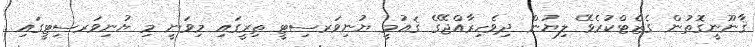
ޤާނޫނީގޮތުން ގެޒެޓްކުރެވޭ ލިޔުން ދިވެހިރާއްޖޭގެ ޤައުމީ ޔުނިވަރސިޓީ ތިރީގައި މިވަނީ މި ޔުނިވަރސިޓީގައި